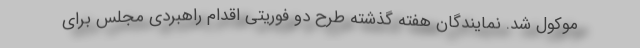
موکول شد. نمایندگان هفته گذشته طرح دو فوریتی اقدام راهبردی مجلس برای